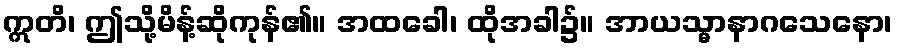
ဣတိ၊ ဤသို့မိန့်ဆိုကုန်၏။ အထခေါ၊ ထိုအခါ၌။ အာယသ္မာနာဂသေနော၊